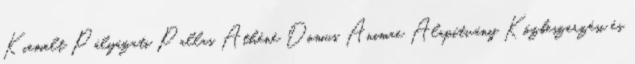
Kiemelt Pályázati Pallas Athéné Domus Animae Alapítvány Közbeszerzési és